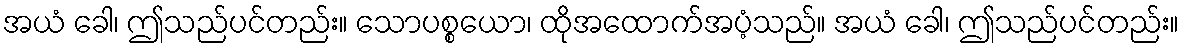
အယံ ခေါ၊ ဤသည်ပင်တည်း။ သောပစ္စယော၊ ထိုအထောက်အပံ့သည်။ အယံ ခေါ၊ ဤသည်ပင်တည်း။